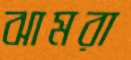
ঝামরা